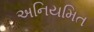
અનિયમિત